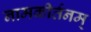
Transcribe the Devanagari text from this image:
नामकीर्तनम्